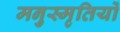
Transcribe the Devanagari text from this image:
मनुस्मृतियों